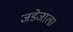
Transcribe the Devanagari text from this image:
जडेजाला